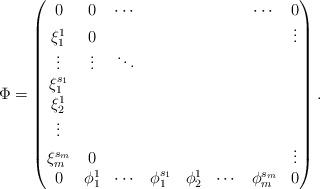
LaTeX: \begin{align*}\Phi=\left(\begin{matrix}0&0& \cdots &&&&\cdots& 0 \\ \xi^1_1&0& &&&&&\vdots \\ \vdots &\vdots&\ddots&&&&&\\ \xi^{s_1}_1&&&&&&&\\ \xi^1_2&&&&&&&\\ \vdots &&&&&&&\\ \xi_m^{s_m}&0&&&&&&\vdots\\0&\phi^1_1&\cdots&\phi_1^{s_1}& \phi^1_2&\cdots&\phi_m^{s_m}& 0\\\end{matrix}\right).\end{align*}